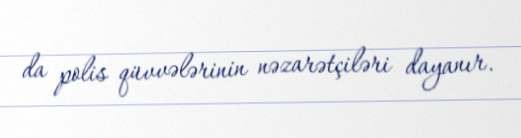
da polis qüvvələrinin nəzarətçiləri dayanır.